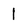
Character: 1